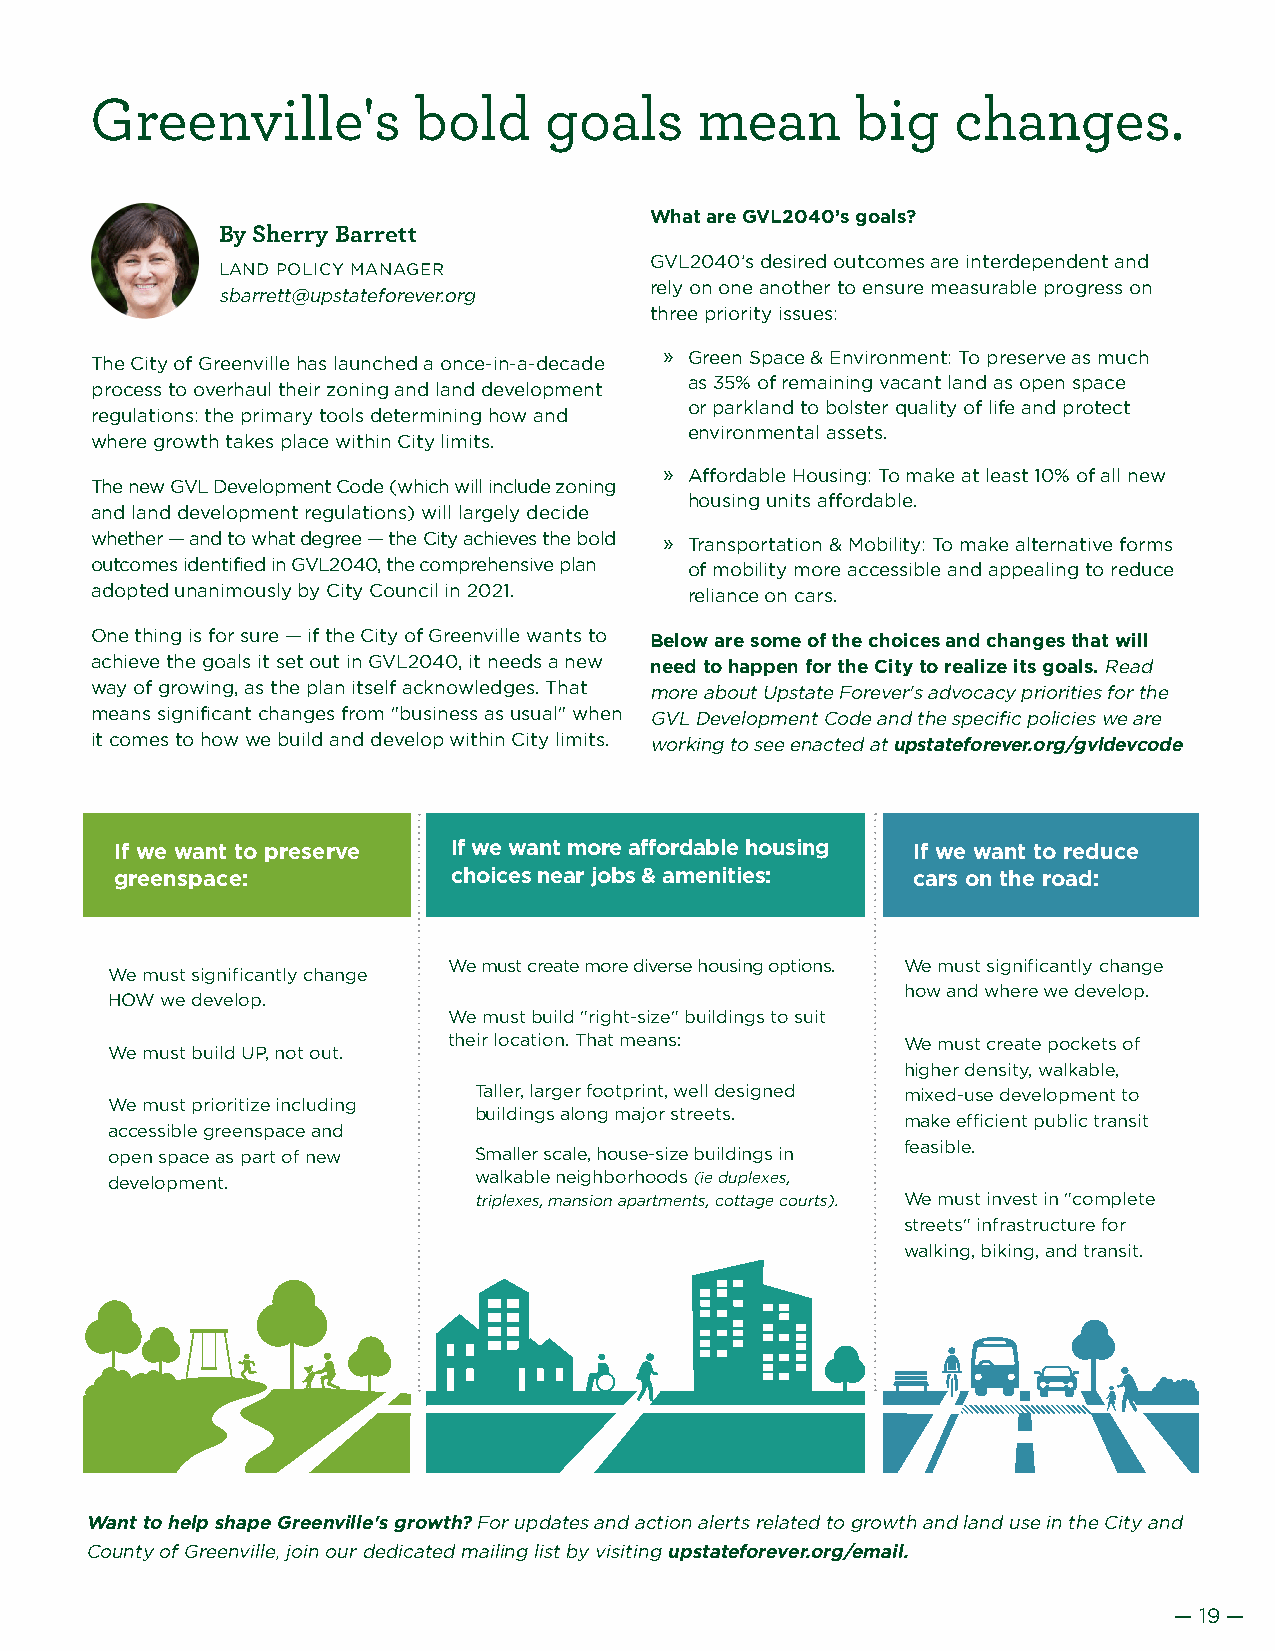
Greenville's         bold     goals     mean       big   changes.
 What are GVL2040’s goals?
 By Sherry Barrett
 GVL2040’s desired outcomes are interdependent and
 LAND POLICY MANAGER
 rely on one another to ensure measurable progress on
 sbarrett@upstateforever.org
 three priority issues:
 » Green Space & Environment: To preserve as much
 The City of Greenville has launched a once-in-a-decade
 as 35% of remaining vacant land as open space
 process to overhaul their zoning and land development
 or parkland to bolster quality of life and protect
 regulations: the primary tools determining how and
 environmental assets.
 where growth takes place within City limits.
 » Affordable Housing: To make at least 10% of all new
 The new GVL Development Code (which will include zoning
 housing units affordable.
 and land development regulations) will largely decide
 whether — and to what degree — the City achieves the bold » Transportation & Mobility: To make alternative forms
 outcomes identified in GVL2040, the comprehensive plan of mobility more accessible and appealing to reduce
 adopted unanimously by City Council in 2021. reliance on cars.
 One thing is for sure — if the City of Greenville wants to Below are some of the choices and changes that will
 achieve the goals it set out in GVL2040, it needs a new need to happen for the City to realize its goals. Read
 way of growing, as the plan itself acknowledges. That more about Upstate Forever's advocacy priorities for the
 means significant changes from "business as usual" when GVL Development Code and the specific policies we are
 it comes to how we build and develop within City limits. working to see enacted at upstateforever.org/gvldevcode
 If we want to preserve If we want more affordable housing If we want to reduce
 greenspace:           choices near jobs & amenities: cars on the road:
 We must create more diverse housing options. We must significantly change
 We must significantly change
 how and where we develop.
 HOW we develop.
 We must build "right-size" buildings to suit
 their location. That means:   We must create pockets of
 We must build UP, not out.
 higher density, walkable,
 Taller, larger footprint, well designed mixed-use development to
 We must prioritize including
 buildings along major streets.
 make efficient public transit
 accessible greenspace and
 feasible.
 open space as part of new Smaller scale, house-size buildings in
 development.            walkable neighborhoods (ie duplexes,
 triplexes, mansion apartments, cottage courts). We must invest in "complete
 streets" infrastructure for
 walking, biking, and transit.
 Want to help shape Greenville's growth? For updates and action alerts related to growth and land use in the City and
 County of Greenville, join our dedicated mailing list by visiting upstateforever.org/email.
 — 19 —